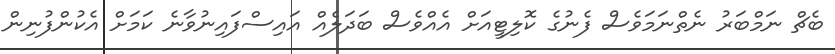
ބެޗް ނަމްބަރު ނެތްނަމަވެސް ފެނުގެ ކޮލިޓީއަށް އެއްވެސް ބަދަލެއް އައިސްފައިނުވާނެ ކަމަށް އެކުންފުނިން